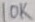
Text: 10K